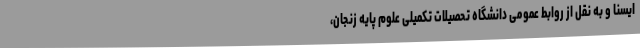
ایسنا و به نقل از روابط عمومی دانشگاه تحصیلات تکمیلی علوم پایه زنجان،